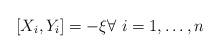
LaTeX: \begin{align*} [X_i,Y_i]=-\xi \forall \ i=1,\ldots,n\end{align*}